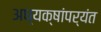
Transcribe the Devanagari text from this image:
अध्यक्षांपर्यंत